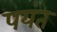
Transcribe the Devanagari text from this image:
पयंत